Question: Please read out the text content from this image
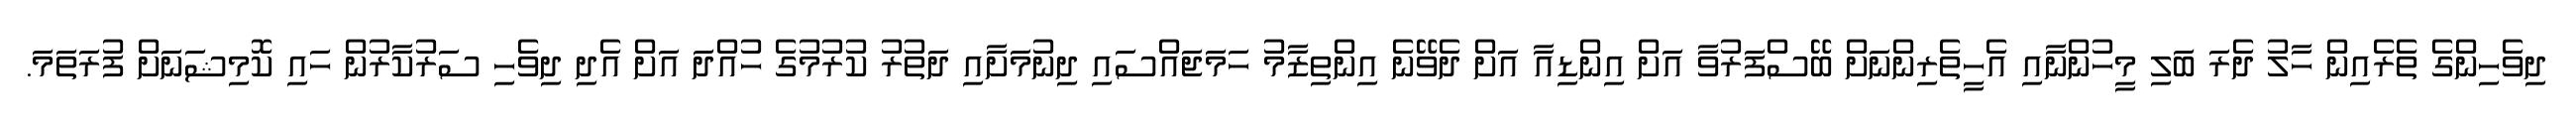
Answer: ދިވެހިންގެ ތެރެއިން ހާލު ދެރަ ބަލި މީހުންނާއި އެހީތެރިންނަށް ބޭސްފަރުވާ އަށް އިންޑިއާ އަށް ދެވޭނެ އިންތިޒާމު ހަމަޖައްސައި ދިނުމަށާއި ދަތުރު ކުރުމުގެ ހުއްދަ އަށް އެދި ދިވެހި ސަރުކާރުން ހައި ކޮމިޝަނަށް ފުރަތަމަ.